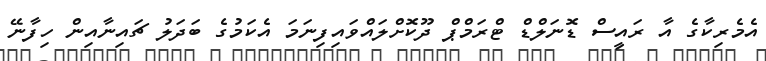
އެމެރިކާގެ އާ ރައީސް ޑޮނަލްޑް ޓްރަމްޕް ދޫކޮށްލައްވައިފިނަމަ އެކަމުގެ ބަދަލު ޗައިނާއިން ހިފާނޭ